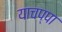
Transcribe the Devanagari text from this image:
याचप्पा